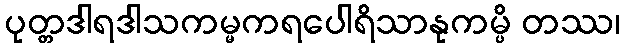
ပုတ္တဒါရဒါသကမ္မကရပေါရိသာနုကမ္ပိ တဿ၊